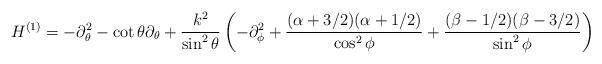
LaTeX: \begin{align*} H^{(1)} = - \partial_{\theta}^2 - \cot\theta \partial_{\theta} + \frac{k^2}{\sin^2 \theta} \left(- \partial_{\phi}^2 + \frac{(\alpha+3/2)(\alpha+1/2)}{\cos^2 \phi} + \frac{(\beta-1/2)(\beta-3/2)} {\sin^2 \phi}\right)\end{align*}